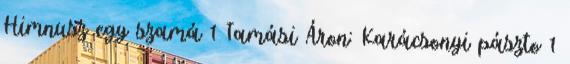
Himnusz egy szamá 1 Tamási Áron: Karácsonyi pászto 1